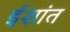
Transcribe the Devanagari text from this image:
ईशांत